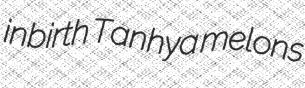
inbirth Tanhya melons